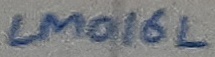
Text: LM016L